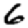
Digit: 6